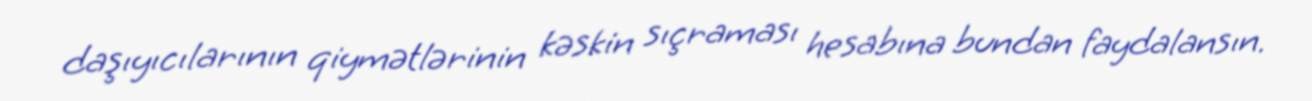
daşıyıcılarının qiymətlərinin kəskin sıçraması hesabına bundan faydalansın.